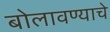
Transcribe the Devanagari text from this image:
बोलावण्याचे